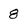
Character: 8